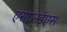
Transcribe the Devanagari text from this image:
एसएनईएस